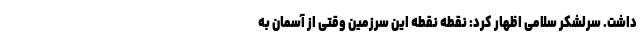
داشت. سرلشکر سلامی اظهار کرد: نقطه نقطه این سرزمین وقتی از آسمان به